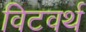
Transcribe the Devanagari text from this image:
विटवर्थ